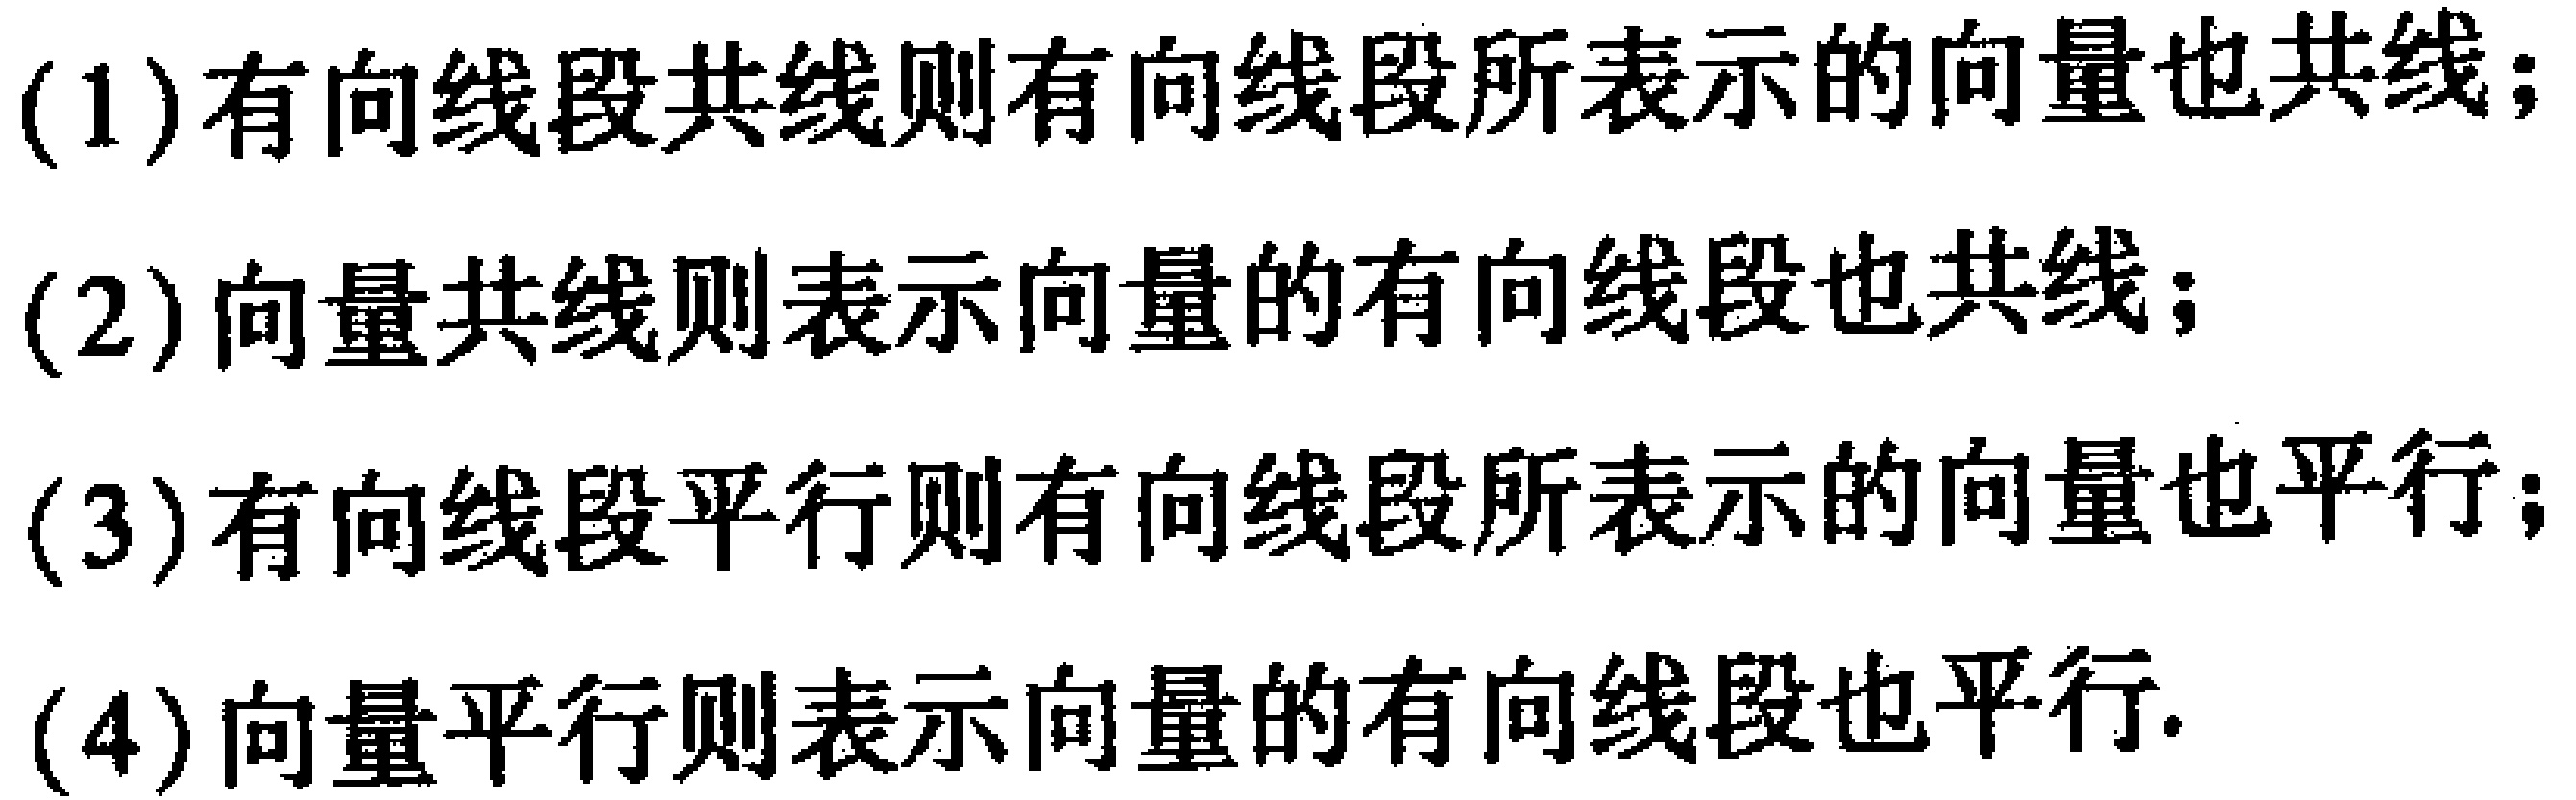
(1)有向线段共线则有向线段所表示的向量也共线；
(2)向量共线则表示向量的有向线段也共线；
(3)有向线段平行则有向线段所表示的向量也平行；
(4)向量平行则表示向量的有向线段也平行.